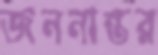
জননান্তর